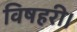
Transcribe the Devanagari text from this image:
विषहरी।